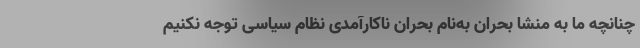
چنانچه ما به منشا بحران به‌نام بحران ناکارآمدی نظام سیاسی توجه نکنیم